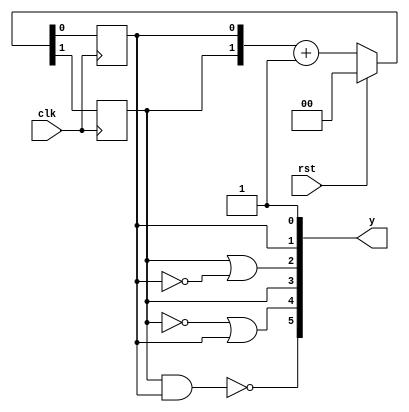
module counter(input rst,clk,output reg [5:0]y);

always@(*)begin
    y[0] <= 1'b1;
  y[2] <= y[3] | ~y[1];
  y[4] <= ~y[3] | y[1];
    y[5] <= !(y[3]&y[1]);
end

always@(posedge clk)begin
    if (rst) {y[3],y[1]} = 2'b00;
    else {y[3],y[1]} = {y[3],y[1]} +1'b1;
end
endmodule